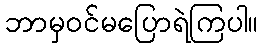
ဘာမှဝင်မပြောရဲကြပါ။